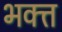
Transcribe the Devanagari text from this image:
भक्त्त